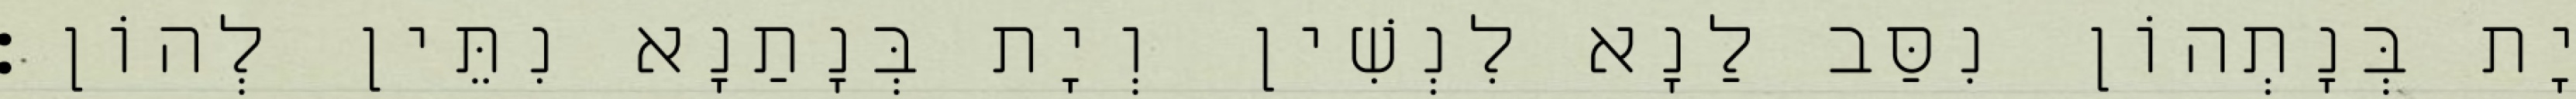
יָת בְּנָתְהוֹן נִסַּב לַנָא לִנְשִׁין וְיָת בְּנָתַנָא נִתֵּין לְהוֹן׃